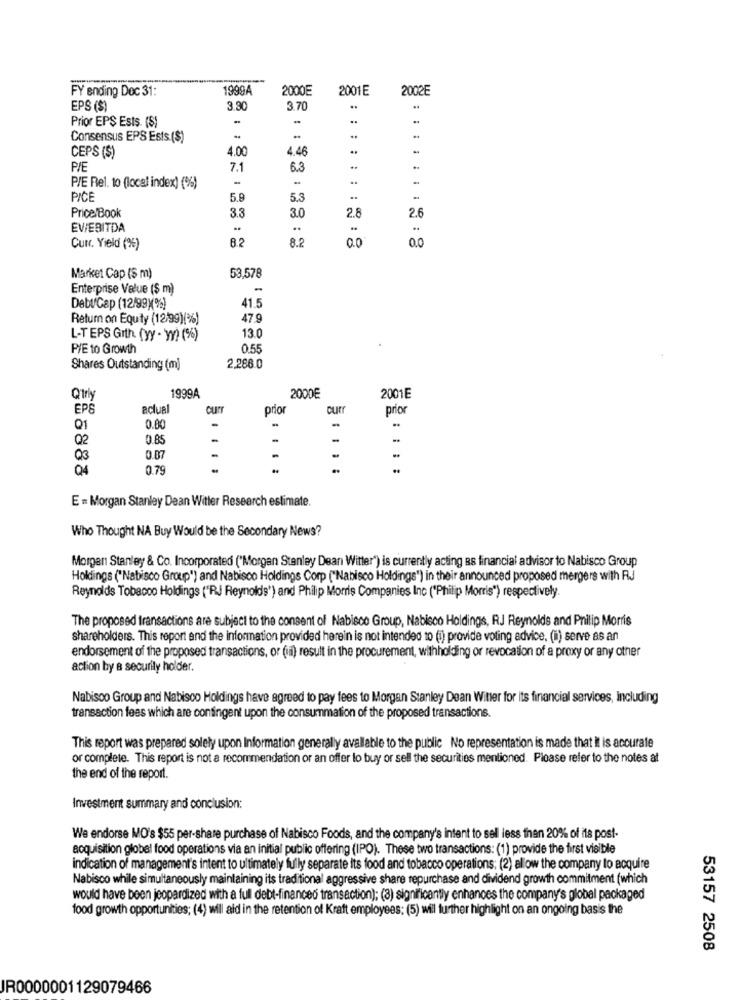
FY ending Doc 31:
1999A
2000E
2001E
2002E
EPS (S)
3.30
3.70
Prior EPS Ests. (S)
Consensus EPS Ests.($)
4.00
4.46
-
CEPS (S)
P/E
7.1
6.3
P/E Rel. to (local index) (%)
PICE
5.9
5.5
33
3.0
2.8
Price Book
2.6
EV/EBITDA
..
..
8.2
8.2
0.0
Curr. Yield (%)
Market Cap (S m)
53,578
Enterprise Value ($ m)
-
41.5
Debt/Cap (12/99)%)
Return on Equity (12/99)(%)
47.9
13.0
L-T EPS Gith (yy - yy) (%)
PIE to Growth
0,55
Shares Outstanding (m)
2.286.0
Q'trhy
1999A
200DE
2001E
EPS
actual
prior
cur
prior
Q1
0.00
-
Q2
-
Q3
0.87
-
Q4
0.79
..
E = Morgan Stanley Dean Witter Research estimate.
Who Thought NA Buy Would be the Secondary News?
Morgan Stanley & Co. Incorporated ("Morgan Stanley Dean Witter") is currently acting Bs financial advisor to Nabisco Group
Holdings ("Nabisco Group") and Nabisco Holdings Corp ("Nabisco Holdings") in their announced proposed mergers with RJ
Reynolds Tobacco Holdings ("R.J Reynolds') and Philip Morris Companies Inc ("Philip Morris") respectively.
The proposed transactions are subject to the consent of Nabisco Group, Nabisco Holdings, RJ Reynolds and Philip Morris
shareholders. This report and the information provided herein is not intended to (i) provide voting advice. (i) serve as an
endorsement of the proposed transactions, or (ii) result in the procurement, withholding or revocation of a proxy or any other
action by a security holder.
Nabisco Group and Nabisco Holdings have agreed to pay fees to Morgan Stanley Dean Witter for its financial services, including
transaction fees which are contingent upon the consummation of the proposed transactions.
This report was prepared solely upon Information generally avallable to the public No representation is made that It is accurate
or complete. This report is not a recommendation or an offer to buy or sell the securities mentioned. Please refer to the notes at
the end of the report.
Investment summary and conclusion:
We endorse MO's $55 per-share purchase of Nabisco Foods, and the company's intent to sell less than 20% of its post-
acquisition global food operations via an initial public offering (IPO). These two transactions: (1) provide the first visible
indication of management's intent to ultimately fully separate its food and tobacco operations: (2) allow the company to acquire
Nabisco while simultaneously maintaining its traditional aggressive share repurchase and dividend growth commitment (which
would have been jeopardized with a ful debt-financed transaction); (3) significantly enhances the company's global packaged
food growth opportunities; (4) will aid in the retention of Kraft employees: (5) will further highlight on an ongoing basis the
53157 2508
JR0000001129079466